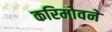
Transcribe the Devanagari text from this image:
करिमोवने